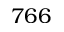
7 6 6